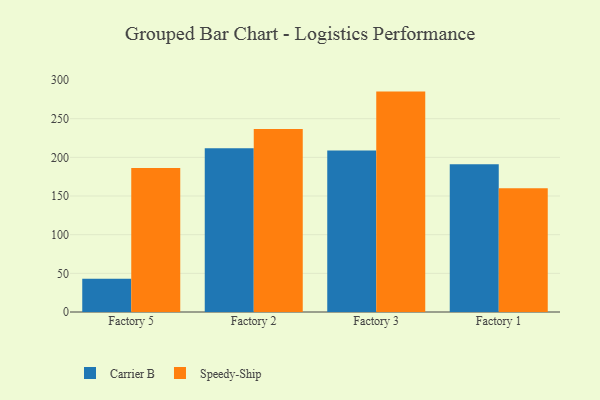
{"axis": {"x": "Factory", "y": "Inventory Turnover"}, "legend": ["Carrier B", "Speedy-Ship"], "data": [{"x": "Factory 5", "y": 43.1, "type": "Carrier B"}, {"x": "Factory 5", "y": 186.3, "type": "Speedy-Ship"}, {"x": "Factory 2", "y": 211.7, "type": "Carrier B"}, {"x": "Factory 2", "y": 236.7, "type": "Speedy-Ship"}, {"x": "Factory 3", "y": 208.7, "type": "Carrier B"}, {"x": "Factory 3", "y": 285.0, "type": "Speedy-Ship"}, {"x": "Factory 1", "y": 190.9, "type": "Carrier B"}, {"x": "Factory 1", "y": 159.9, "type": "Speedy-Ship"}]}